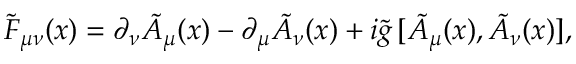
\tilde { F } _ { \mu \nu } ( x ) = \partial _ { \nu } \tilde { A } _ { \mu } ( x ) - \partial _ { \mu } \tilde { A } _ { \nu } ( x ) + i \tilde { g } \, [ \tilde { A } _ { \mu } ( x ) , \tilde { A } _ { \nu } ( x ) ] ,